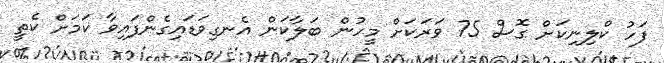
ފަހު ކްލިނިކަށް ގޮސް 75 ވަރަކަށް މީހުން ބަލާކަން އެނގިވަޑައިގެންފައިވާ ކަމަށް ކެތީ